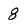
Character: 8